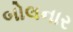
બોલનાર